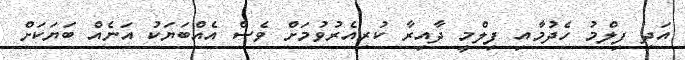
އަދި ފިލްމު ހެދުމާއި ފިލްމީ ދާއިރާ ކުރިއެރުވުމަށް ވެސް އެއްބަޔަކު އަނެއް ބަޔަކަށް